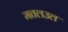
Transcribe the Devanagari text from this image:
मतलउल